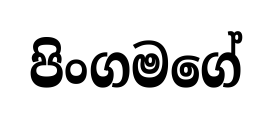
පිංගමගේ